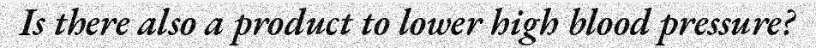
Is there also a product to lower high blood pressure?